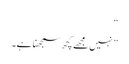
“
” نہیں مجھے کچھ سمجھنا ہے۔